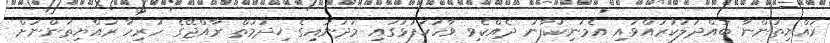
ރައްޔިތުންނާ ބައްދަލުކުރައްވައި އެމަނިކުފާނު ދެއްކެވި ވާހަކަފުޅުގައި މަދަނައިގެ ޚިދުމަތް ރާއްޖޭގެ ހުރިހާ ރައްޔިތުންނަށް